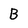
Character: B